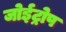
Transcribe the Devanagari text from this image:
जोईट्रोप